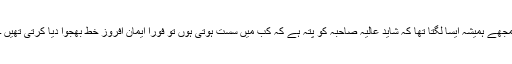
مجھے ہمیشہ ایسا لگتا تھا کہ شاید عالیہ صاحبہ کو پتہ ہے کہ کب مَیں سست ہوتی ہوں تو فورًا ایمان افروز خط بھجوا دیا کرتی تھیں ۔